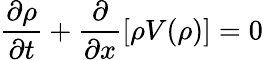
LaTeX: {\frac{\partial\rho}{\partial t}}+{\frac{\partial}{\partial x}}[\rho V(\rho)]=0